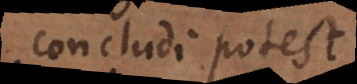
concludi potest